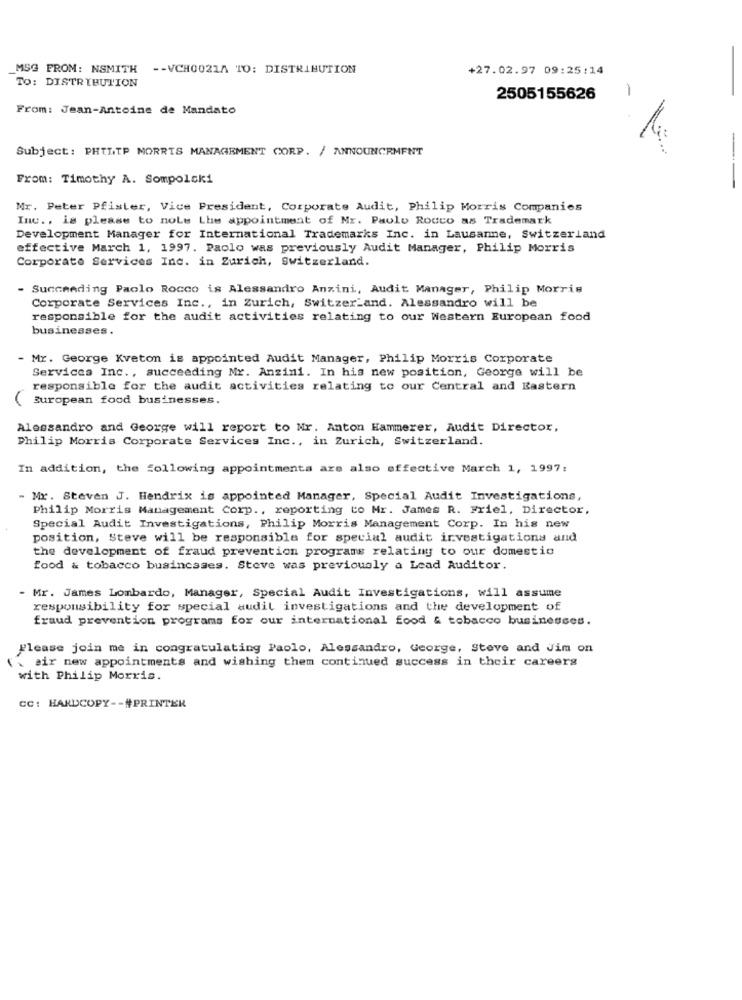
_MSG FROM: NSMITH -- VCH0021A TO: DISTRIBUTION
+27.02.97 09:25:14
TO: DISTRIBUTION
2505155626
-
From: Jean-Antoine de Mandato
Subject: PHILIP MORRIS MANAGEMENT CORP. / ANNOUNCEMENT
--
From: Timothy A. Sompolski
-
Mr. Peter Pfister, Vice President, Corporate Audit, Philip Morris Companies
Inc ., is please to noLe Lhe appointment of Mr. Paolo Rocco as Trademark
Development Manager for International Trademarks Inc. in Lausanne, Switzerland
effective March 1, 1997. Paolo was previously Audit Manager, Philip Morris
Corporate Services Inc. in Zurich, Switzerland.
- Succeeding Paolo Rocco is Alessandro Anzini, Audit Manager, Philip Morris
Corporate Services Inc ., in Zurich, Switzerland. Alessandro will be
responsible for the audit activities relating to our Western European food
businesses.
Mr. George Kveton is appointed Audit Manager, Philip Morris Corporate
Services Inc ., succeeding Mr. Anzini. In his new position, George will be
responsible for the audit activities relating to our Central and Eastern
( European food businesses.
Alessandro and George will report to Nr. Anton Hammerer, Audit Director,
Philip Morris Corporate Services Inc ., in Zurich, Switzerland.
In addition, the following appointments are also effective March 1, 1997:
- Mr. Steven J. Hendrix is appointed Manager, Special Audit Investigations,
Philip Morris Management Corp ., reporting to Mr. James R. Friel, Director,
Special Audit Investigations, Philip Morris Management Corp. In his new
position, Steve will be responsible for special audit investigations and
the development of fraud prevention programs relating to our domestic
food & tobacco busincases. Steve was previously a Lead Auditor.
- Mr. James Lombardo, Manager, Special Audit Investigations, will assume
responsibility for special audit investigations and the development of
fraud prevention programs for our international food & tobacco businesses.
Please join me in congratulating Paolo, Alessandro, George, Steve and Jim on
air new appointments and wishing them continued success in their careers
with Philip Morris.
CC: HARDCOPY -- #PRINTER